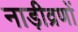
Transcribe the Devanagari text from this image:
नाड़ीव्रणों